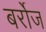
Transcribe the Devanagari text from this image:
बर्रोज